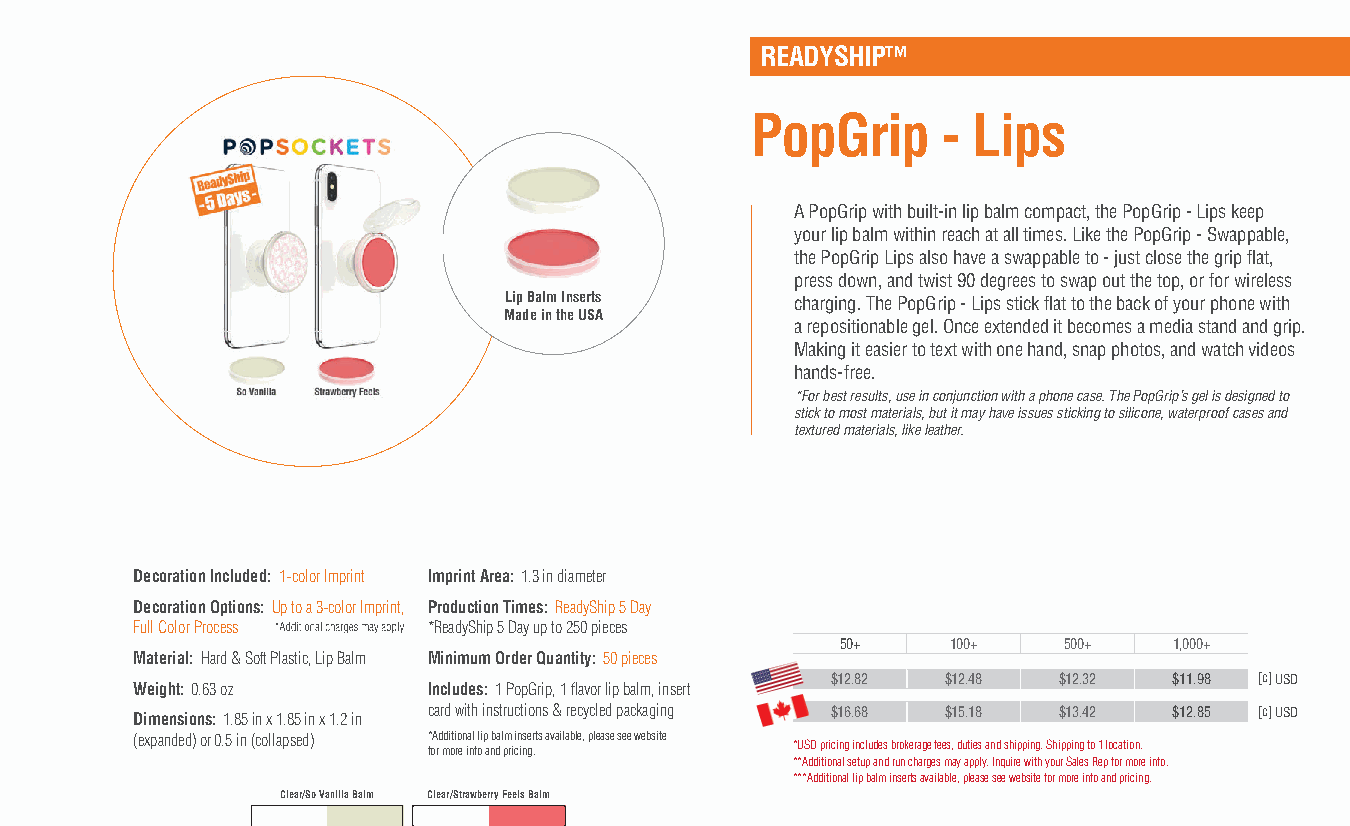
READYSHIP™
 PopGrip     - Lips
 A PopGrip with built-in lip balm compact, the PopGrip - Lips keep
 your lip balm within reach at all times. Like the PopGrip - Swappable,
 the PopGrip Lips also have a swappable to - just close the grip flat,
 press down, and twist 90 degrees to swap out the top, or for wireless
 Lip Balm Inserts    charging. The PopGrip - Lips stick flat to the back of your phone with
 Made in the USA
 a repositionable gel. Once extended it becomes a media stand and grip.
 Making it easier to text with one hand, snap photos, and watch videos
 hands-free.
 *For best results, use in conjunction with a phone case. The PopGrip’s gel is designed to
 stick to most materials, but it may have issues sticking to silicone, waterproof cases and
 textured materials, like leather.
 Decoration Included: 1-color Imprint Imprint Area: 1.3 in diameter
 Decoration Options: Up to a 3-color Imprint, Production Times: ReadyShip 5 Day
 Full Color Process *ReadyShip 5 Day up to 250 pieces
 50+    100+   500+    1,000+
 Material: Hard & Soft Plastic, Lip Balm Minimum Order Quantity: 50 pieces
 $12.82  $12.48 $12.32  $11.98 [c] USD
 Weight: 0.63 oz    Includes: 1 PopGrip, 1 flavor lip balm, insert
 Dimensions: 1.85 in x 1.85 in x 1.2 in card with instructions & recycled packaging $16.68 $15.18 $13.42 $12.85 [c] USD
 (expanded) or 0.5 in (collapsed) * foA rd mdi oti ro en ia nl f oli p a nb da l pm ri cin ins ger .ts available, please see website *USD pricing includes brokerage fees, duties and shipping. Shipping to 1 location.
 **Additional setup and run charges may apply. Inquire with your Sales Rep for more info.
 ***Additional lip balm inserts available, please see website for more info and pricing.
 Clear/So Vanilla Balm Clear/Strawberry Feels Balm